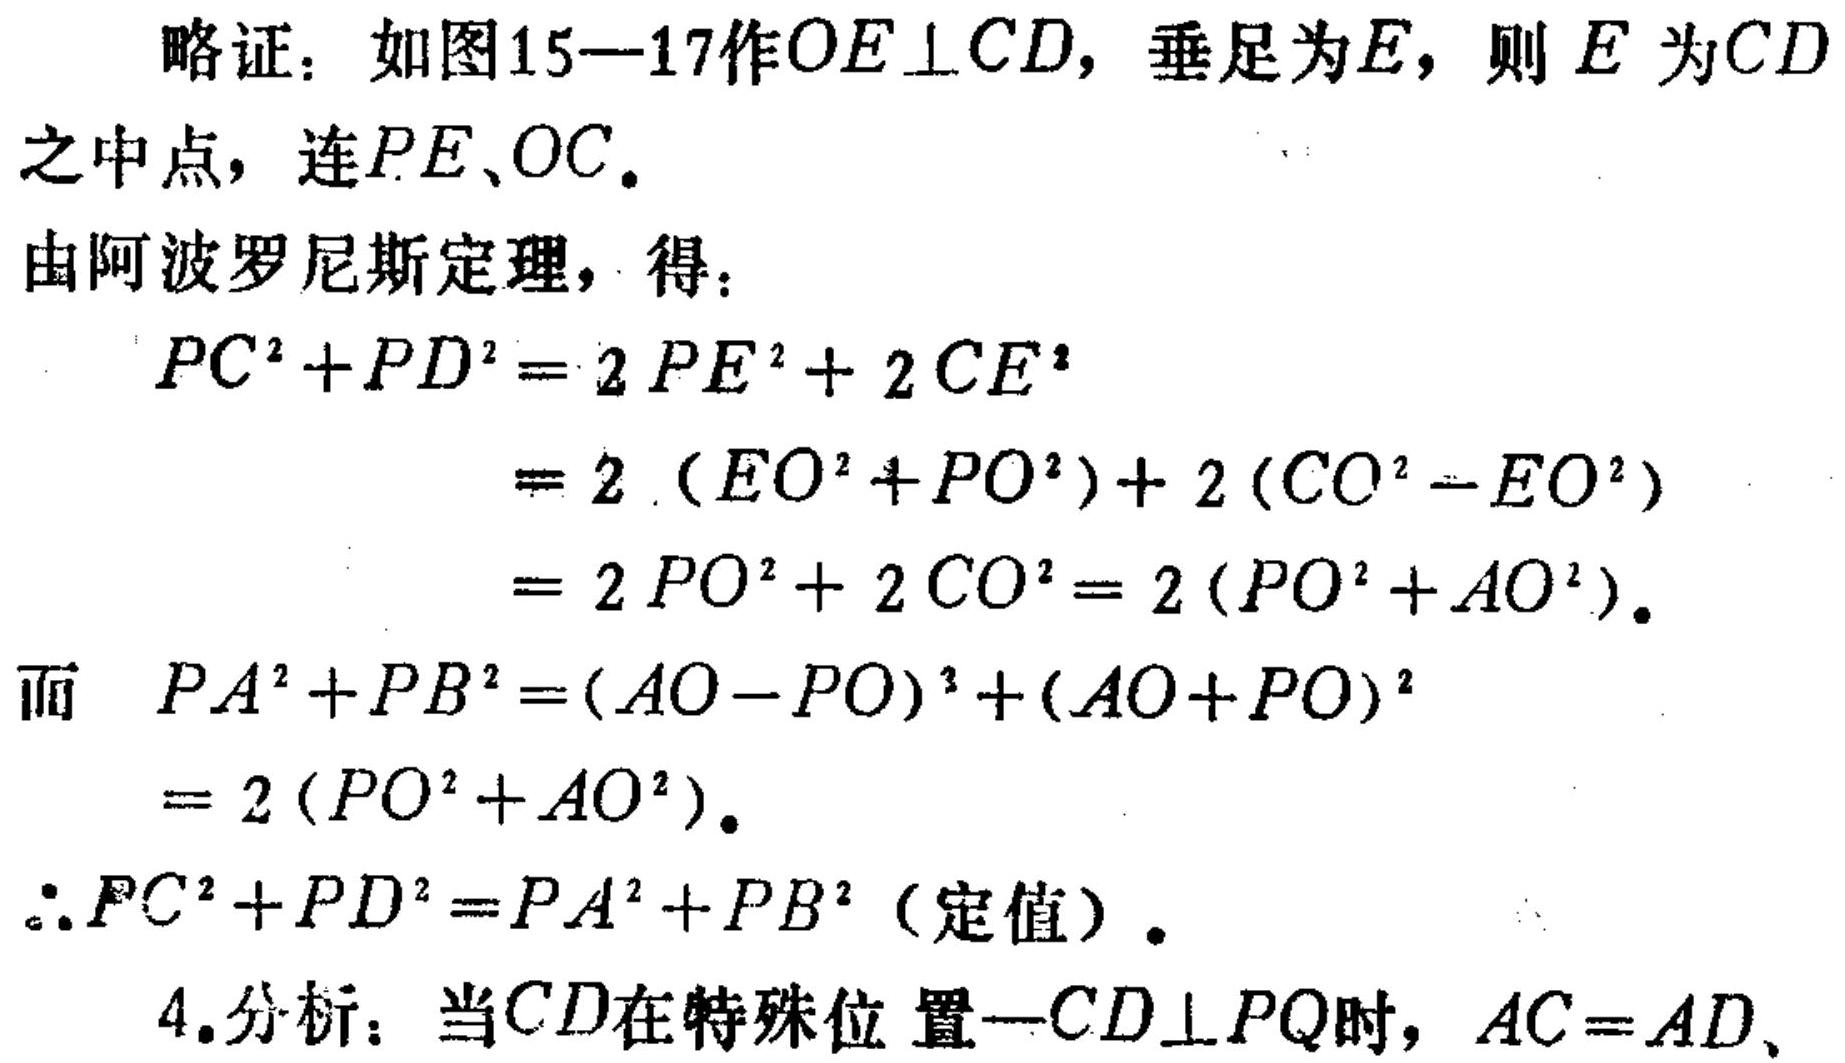
略证：如图15—17作\(OE \perp CD\)，垂足为\(E\)，则\(E\)为\(CD\)之中点，连\(PE、OC\)。
由阿波罗尼斯定理，得：
\[
\begin{align*}
PC^{2}+PD^{2}&=2PE^{2}+2CE^{2}\\
&=2(EO^{2}+PO^{2}) + 2(CO^{2}-EO^{2})\\
&=2PO^{2}+2CO^{2}=2(PO^{2}+AO^{2})
\end{align*}
\]
而 \(PA^{2}+PB^{2}=(AO - PO)^{2}+(AO + PO)^{2}\)
\(=2(PO^{2}+AO^{2})\)。
\(\therefore PC^{2}+PD^{2}=PA^{2}+PB^{2}\)（定值）。
4.分析：当\(CD\)在特殊位置—\(CD\perp PQ\)时，\(AC = AD\)、